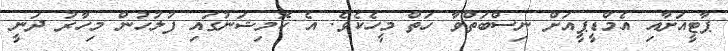
ޕާޓީއަށާއި އެމްޑީޕީއަށް ނިސްބަތްވާ ހަތް މީހެކެވެ. އެ ކޮމިޝަނުގައި ފުލުހުން މިހާރު ދަނީ